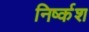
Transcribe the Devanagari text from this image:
निर्ष्कश